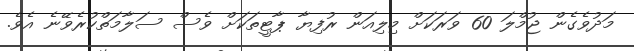
މަދުވެގެން ޖުމްލަ 60 ވަރަކަށް މިލިއަން ރުފިޔާ ޕާޓީތަކަށް ވެސް ސަލާމަތްކުރެވޭނެ އެވެ.